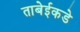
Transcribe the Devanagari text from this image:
ताबेईकडे